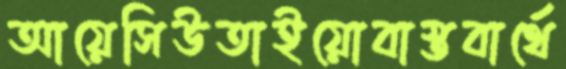
আয়েসিউতাইয়োবাস্তবার্থে